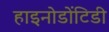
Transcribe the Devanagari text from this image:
हाइनोडोंटिडी